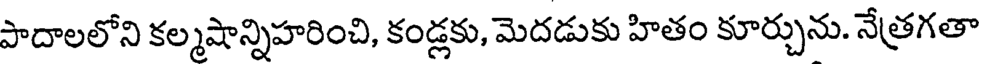
పాదాలలోని కల్మషాన్నిహరించి, కండ్లకు, మెదడుకు హితం కూర్చును. నేత్రగతా